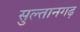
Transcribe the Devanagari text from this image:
सुल्तानगढ़